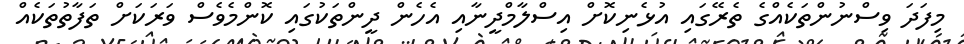
މިފަދަ ވިސްނުންތަކެއްގެ ތެރޭގައި އުޅެނިކޮށް އިސްލާމްދީނާއި އެހެން ދީންތަކުގައި ކޮންމެވެސް ވަރަކަށް ތަފާތުތަކެއް